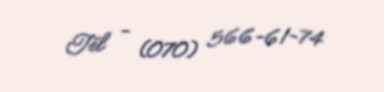
Tel - (070) 566-61-74